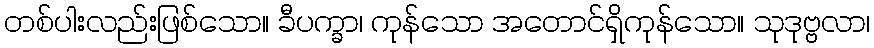
တစ်ပါးလည်းဖြစ်သော။ ခီပက္ခာ၊ ကုန်သော အတောင်ရှိကုန်သော။ သုဒုဗ္ဗလာ၊